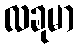
လခုမာ